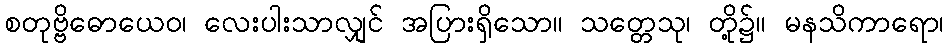
စတုဗ္ဗိဓောယေဝ၊ လေးပါးသာလျှင် အပြားရှိသော။ သတ္တေသု၊ တို့၌။ မနသိကာရော၊